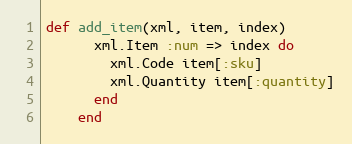
Language: Ruby
def add_item(xml, item, index)
      xml.Item :num => index do
        xml.Code item[:sku]
        xml.Quantity item[:quantity]
      end
    end